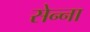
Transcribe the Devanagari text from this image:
सेन्‍ना